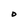
Character: D